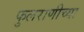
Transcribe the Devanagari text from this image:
फुलराणीच्या